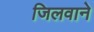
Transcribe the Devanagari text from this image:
जिलवाने